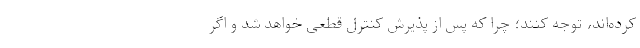
کرده‌اند، توجه کنند؛ چرا که پس از پذیرش کنترل قطعی خواهد شد و اگر